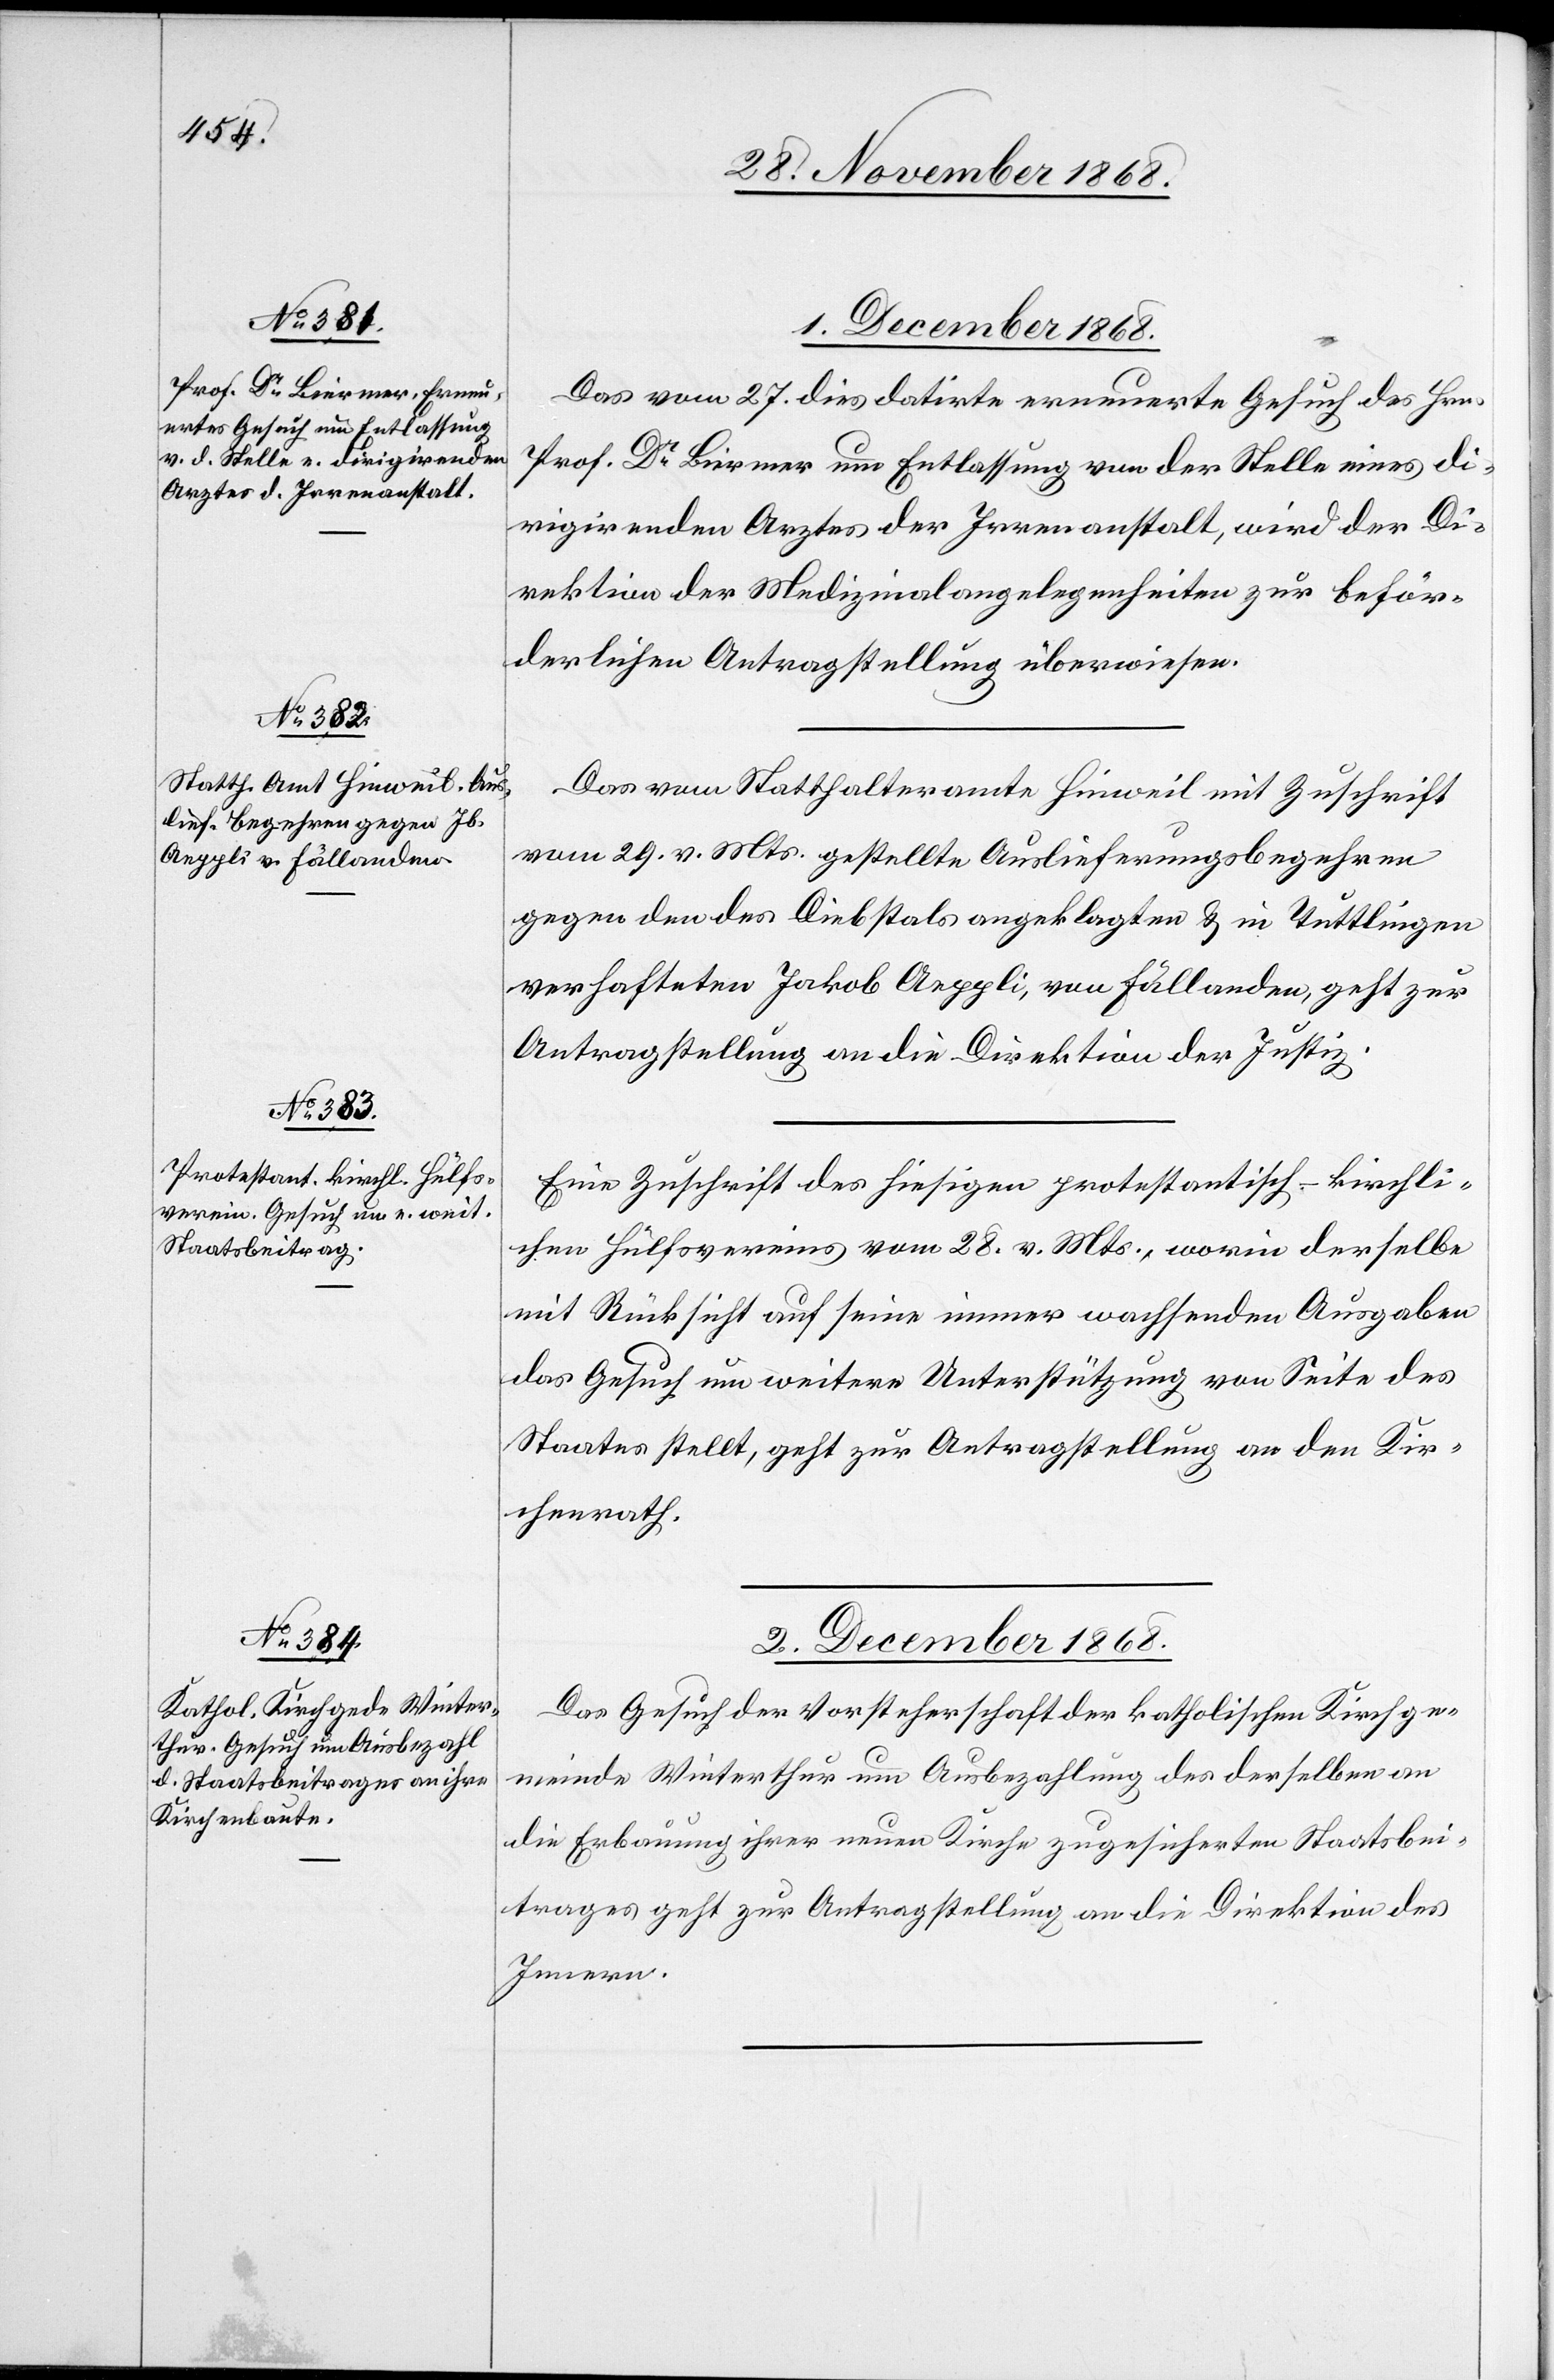
1. December 1868.]
Das vom 27. dies datirte erneuerte Gesuch des Hrn.
Prof. Dr Biermer um Entlassung von der Stelle eines di¬
rigirenden Arztes der Irrenanstalt, wird der Di¬
rektion der Medizinalangelegenheiten zur beför¬
derlichen Antragstellung überwiesen.
Das vom Statthalteramte Hinweil mit Zuschrift
vom 29. v. Mts. gestellte Auslieferungsbegehren
gegen den des Diebstals angeklagten & in Tuttlingen
verhafteten Jakob Aeppli, von Fällanden, geht zur
Antragstellung an die Direktion der Justiz.
Eine Zuschrift des hiesigen protestantisch-kirchli¬
chen Hülfsvereins vom 28. v. Mts., worin derselbe
mit Rücksicht auf seine immer wachsenden Ausgaben
das Gesuch um weitere Unterstützung von Seite des
Staates stellt, geht zur Antragstellung an den Kir¬
chenrath.
2. December 1868.
Das Gesuch der Vorsteherschaft der katholischen Kirchge¬
meinde Winterthur um Ausbezahlung des derselben an
die Erbauung ihrer neuen Kirche zugesicherten Staatsbei¬
trages geht zur Antragstellung an die Direktion des
Innern.